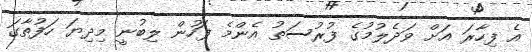
އެ ފިހާރަ އަށް ވަދެލުމުގެ ފުރުސަތު އެންމެ ފަހުން ލިބުނީ މިދިޔަ ހަފުތާގަ